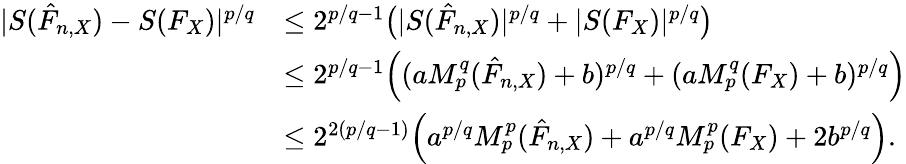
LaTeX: \begin{array}{rl}{|S(\hat{F}_{n,X})-S(F_{X})|^{p/q}}&{\leq 2^{p/q-1}\big(|S(\hat{F}_{n,X})|^{p/q}+|S(F_{X})|^{p/q}\big)}\\ &{\leq 2^{p/q-1}\Big((aM_{p}^{q}(\hat{F}_{n,X})+b)^{p/q}+(aM_{p}^{q}(F_{X})+b)^{p/q}\Big)}\\ &{\leq 2^{2(p/q-1)}\Big(a^{p/q}M_{p}^{p}(\hat{F}_{n,X})+a^{p/q}M_{p}^{p}(F_{X})+2b^{p/q}\Big).}\end{array}